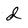
Character: d